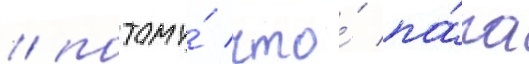
/ потому́ что́ па́па